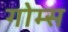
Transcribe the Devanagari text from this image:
गोम्‍स